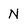
Character: N